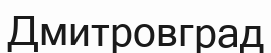
Дмитровград